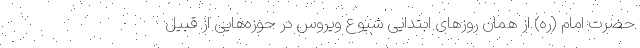
حضرت امام (ره) از همان روزهای ابتدایی شیوع ویروس در حوزه‌هایی از قبیل